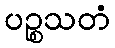
ပဉ္စသတံ